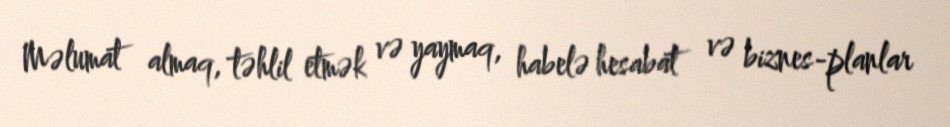
Məlumat almaq, təhlil etmək və yaymaq, habelə hesabat və biznes-planlar